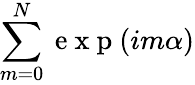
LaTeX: \sum_{m=0}^{N}\mathrm{~e~x~p~}(im\alpha)